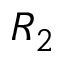
R _ { 2 }